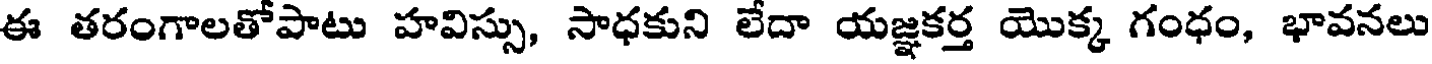
ఈ తరంగాలతోపాటు హవిస్సు, సాధకుని లేదా యజ్ఞకర్త యొక్క గంధం, భావనలు